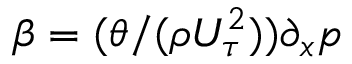
\beta = ( \theta / ( \rho U _ { \tau } ^ { 2 } ) ) \partial _ { x } p